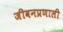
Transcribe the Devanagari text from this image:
जीवनप्रणाली